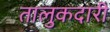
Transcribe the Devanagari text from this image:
तालुकदारी